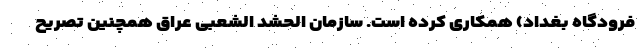
فرودگاه بغداد) همکاری کرده است. سازمان الحشد الشعبی عراق همچنین تصریح